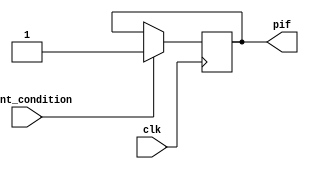
module PeripheralInterruptFlag (
  input clk,             // Clock input
  input event_condition, // Condition indicating an event from the peripheral
  output reg pif         // Peripheral Interrupt Flag
);

  always @(posedge clk) begin
    // Check for conditions that generate interrupts
    if (event_condition) begin
      // Set PIF when an event occurs
      pif <= 1;
    end
  end

endmodule